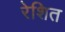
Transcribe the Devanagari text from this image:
रेशित